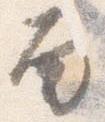
面